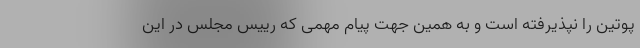
پوتین را نپذیرفته است و به همین جهت پیام مهمی که رییس مجلس در این